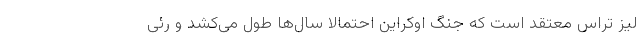
لیز تراس معتقد است که جنگ اوکراین احتمالا سال‌ها طول می‌کشد و رئی